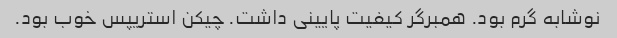
نوشابه گرم بود. همبرگر کیفیت پایینی داشت. چیکن استریپس خوب بود.